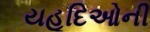
યહૂદિઓની